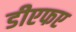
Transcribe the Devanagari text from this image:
डीएफए